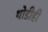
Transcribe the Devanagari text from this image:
थोडीही